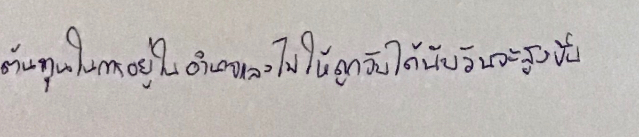
ต้นทุนในการอยู่ในอำนาจและไม่ให้ถูกจับได้นับวันจะสูงขึ้น